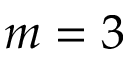
m = 3